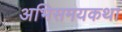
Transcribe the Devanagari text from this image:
अभिसमयकथा